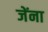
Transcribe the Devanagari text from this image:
जेंना